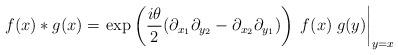
LaTeX: \begin{align*}f(x)* g(x) =\left. \exp\left( \frac{i\theta}{2} (\partial_{x_1}\partial_{y_2} - \partial_{x_2} \partial_{y_1}) \right)\;f(x) \; g(y) \right|_{y=x}\end{align*}